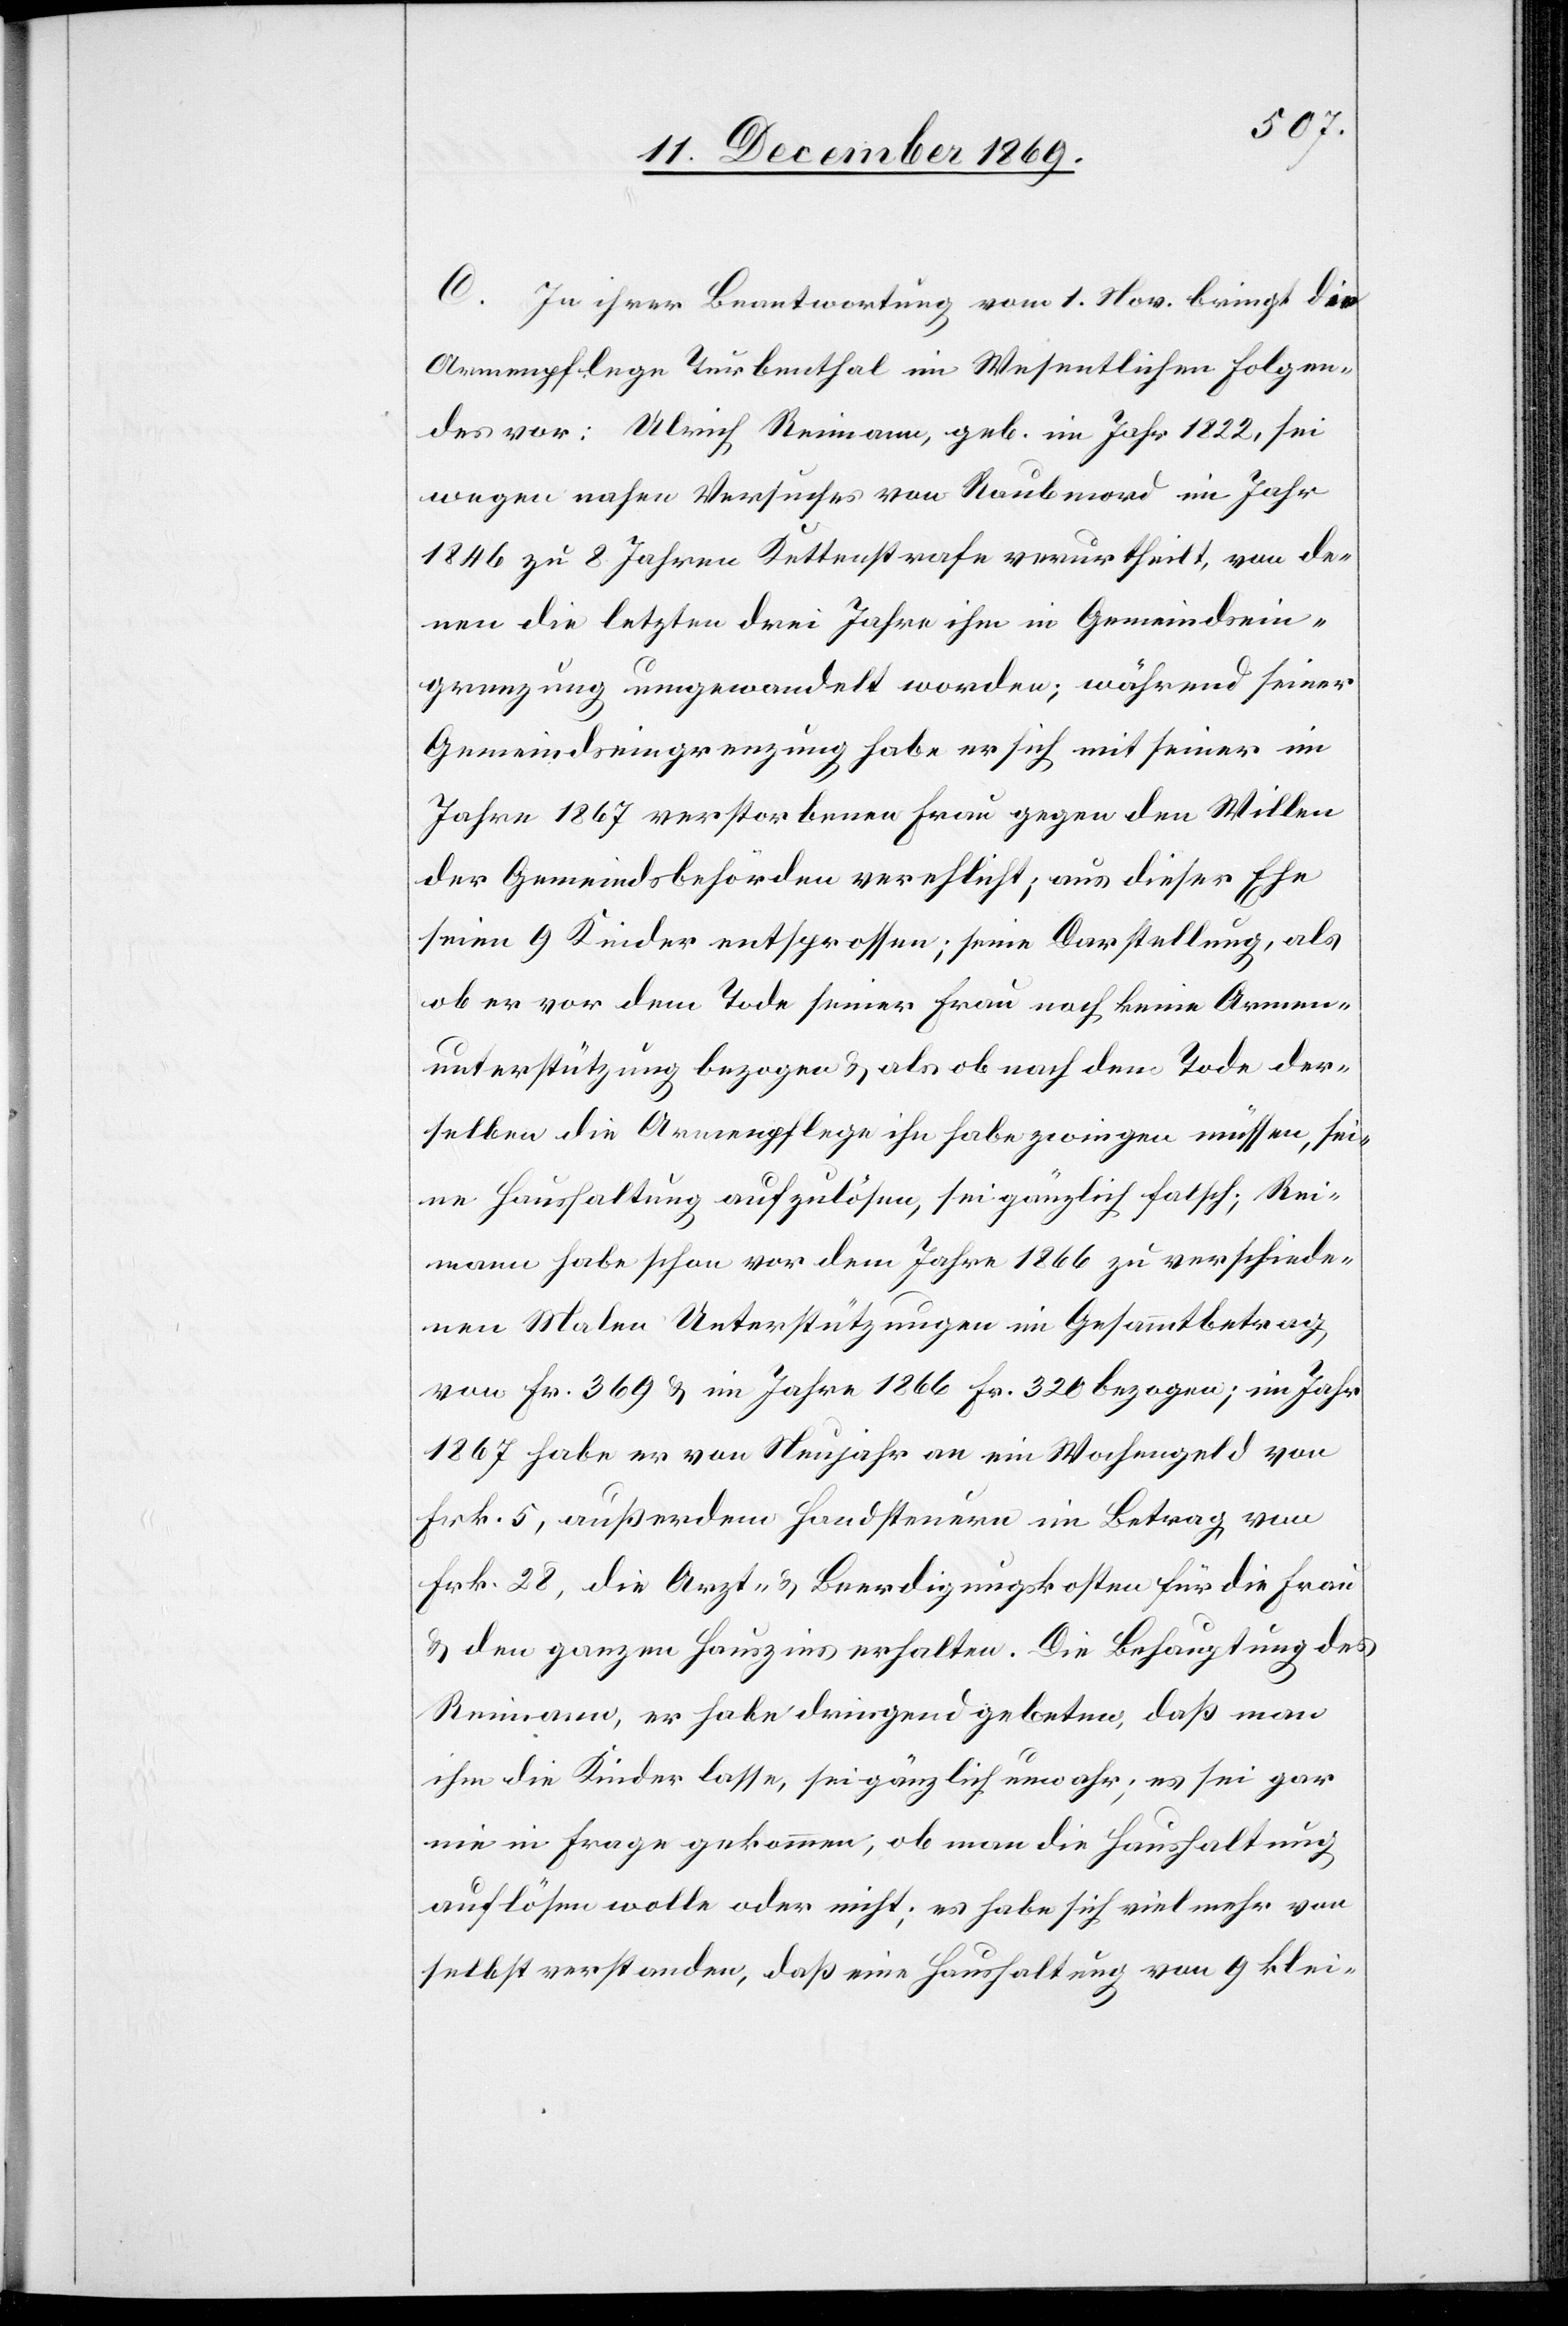
C. In ihrer Beantwortung vom 1. Nov. bringt die
Armenpflege Turbenthal im Wesentlichen Folgen¬
des vor: Ulrich Reimann, geb. im Jahr 1822, sei
wegen nahen Versuches von Raubmord im Jahr
1846 zu 8 Jahren Kettenstrafe verurtheilt, von de¬
nen die letzten drei Jahre ihm in Gemeindsein¬
grenzung umgewandelt worden; während seiner
Gemeindseingrenzung habe er sich mit seiner im
Jahre 1867 verstorbenen Frau gegen den Willen
der Gemeindsbehörden verehlicht; aus dieser Ehe
seien 9 Kinder entsprossen; seine Darstellung, als
ob er vor dem Tode seiner Frau noch keine Armen¬
unterstützung bezogen & als ob nach dem Tode der¬
selben die Armenpflege ihn habe zwingen müssen, sei¬
ne Haushaltung aufzulösen, sei gänzlich falsch; Rei¬
mann habe schon vor dem Jahre 1866 zu verschiede¬
nen Malen Unterstützungen im Gesammtbetrag
von Fr. 369 & im Jahre 1866 Fr. 320 bezogen; im Jahr
1867 habe er von Neujahr an ein Wochengeld von
Frk. 5, außerdem Handsteuern im Betrag von
Frk. 28, die Arzt- & Beerdigungskosten für die Frau
& den ganzen Hauszins erhalten. Die Behauptung des
Reimann, er habe dringend gebeten, daß man
ihm die Kinder lasse, sei gänzlich unwahr; es sei gar
nie in Frage gekommen, ob man die Haushaltung
auflösen wolle oder nicht; es habe sich vielmehr von
selbst verstanden, daß eine Haushaltung von 9 klei-